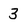
Character: 3